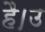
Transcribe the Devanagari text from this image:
है।उ